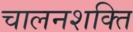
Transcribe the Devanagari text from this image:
चालनशक्ति